Report of the Indian Hemp Drugs Commission, 1894-1895 - Volume V
Year: 1894
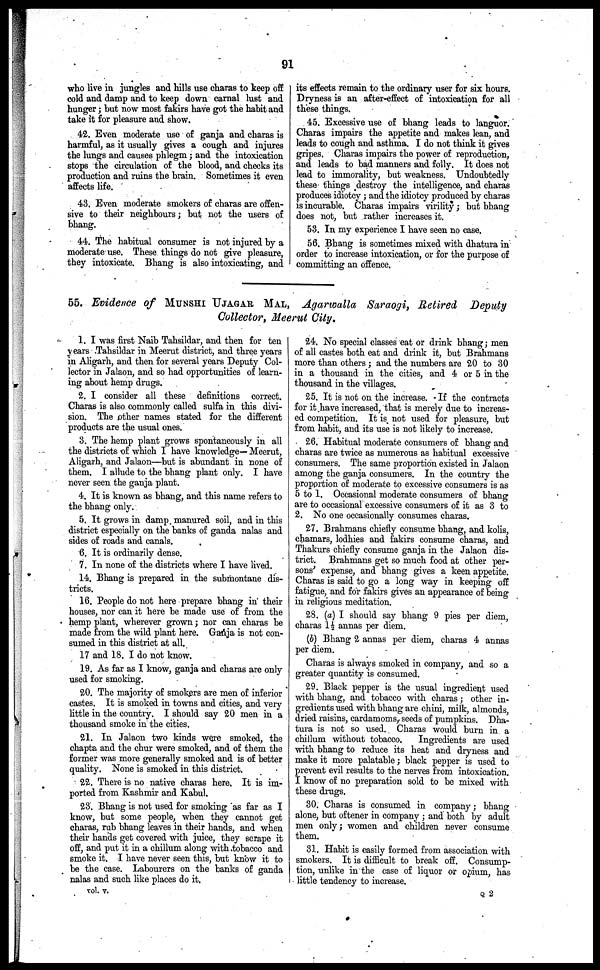
91
who live in jungles and hills use chants to keep off
cold and damp and to keep down carnal lust and
hunger; but now most fakirs have got the habit and
take it for pleasure and show.
42. Even moderate use of ganja and charas is
harmful, as it usually gives a cough and injures
the lungs and causes phlegm ; and the intoxication
stops the circulation of the blood, and checks its
production and ruins the brain. Sometimes it even
affects life.
43. Even moderate smokers of charas are offen-
sive to their neighbours; but not the users of
bhang.
44. The habitual consumer is not injured by a
moderate use. These things do not give pleasure,
they intoxicate. Bhang is also intoxicating, and
its effects remain to the ordinary user for six hours.
Dryness is an after-effect of intoxication for all
these things.
45. Excessive use of bhang leads to languor.
Charas impairs the appetite and makes lean, and
leads to cough and asthma. I do not think it gives
gripes. Charas impairs the power of reproduction,
and leads to bad manners and folly. It does not
lead to immorality, but weakness. Undoubtedly
these things destroy the intelligence, and charas
produces idiotcy ; and the idiotcy produced by charas
is incurable. Charas impairs virility ; but bhang
does not, but rather increases it.
53. In my experience I have seen no case.
56. Bhang is sometimes mixed with dhatura in
order to increase intoxication, or for the purpose of
committing an offence.
55. Evidence of MUNSHI UJAGAR MAL, Agarwalla Saraogi, Retired Deputy
Collector, Meerut City.
1. I was first Naib Tahsildar, and then for ten
years Tahsildar in Meerut district, and three years
in Aligarh, and then for several years Deputy Col-
lector in Jalaon, and so had opportunities of learn-
ing about hemp drugs.
2. I consider all these definitions correct.
Charas is also commonly called sulfa in this divi-
sion. The other names stated for the different
products are the usual ones.
3. The hemp plant grows spontaneously in all
the districts of which I have knowledge— Meerut,
Aligarh, and Jalaon—but is abundant in none of
them. I allude to the bhang plant only. I have
never seen the ganja plant.
4. It is known as bhang, and this name refers to
the bhang only.
5. It grows in damp manured soil, and in this
district especially on the banks of ganda nalas and
sides of roads and canals.
6. It is ordinarily dense.
7. In none of the districts where I have lived.
14. Bhang is prepared in the submontane dis-
tricts.
16. People do not here prepare bhang in their
houses, nor can it here be made use of from the
hemp plant, wherever grown; nor can charas be
made from the wild plant here. Ganja is not con-
sumed in this district at all.
17 and 18. I do not know.
19. As far as I know, ganja and charas are only
used for smoking.
20. The majority of smokers are men of inferior
castes. It is smoked in towns and cities, and very
little in the country. I should say 20 men in a
thousand smoke in the cities.
21. In Jalaon two kinds were smoked, the
chapta and the chur were smoked, and of them the
former was more generally smoked and is of better
quality. None is smoked in this district.
22. There is no native charas here. It is im-
ported from Kashmir and Kabul.
23. Bhang is not used for smoking as far as I
know, but some people, when they cannot get
charas, rub bhang leaves in their hands, and when
their hands get covered with juice, they scrape it
off, and put it in a chillum along with tobacco and
smoke it. I have never seen this, but know it to
be the case. Labourers on the banks of ganda
nalas and such like places do it.
24. No special classes eat or drink bhang; men
of all castes both eat and drink it, but Brahmans
more than others ; and the numbers are 20 to 30
in a thousand in the cities, and 4 or 5 in the
thousand in the villages.
25. It is not on the increase. If the contracts
for it have increased, that is merely due to increas-
ed competition. It is not used for pleasure, but
from habit, and its use is not likely to increase.
26. Habitual moderate consumers of bhang and
charas are twice as numerous as habitual excessive
consumers. The same proportion existed in Jalaon
among the ganja consumers. In the country the
proportion of moderate to excessive consumers is as
5 to 1. Occasional moderate consumers of bhang
are to occasional excessive consumers of it as 3 to
2. No one occasionally consumes charas.
27. Brahmans chiefly consume bhang, and kolis,
chamars, lodhies and fakirs consume charas, and
Thakurs chiefly consume ganja in the Jalaon dis-
trict. Brahmans get so much food at other per-
sons' expense, and bhang gives a keen appetite.
Charas is said to go a long way in keeping off
fatigue, and for fakirs gives an appearance of being
in religious meditation.
28. (a) I should say bhang 9 pies per diem,
charas 1½ annas per diem.
(b) Bhang 2 annas per diem, charas 4 annas
per diem.
Charas is always smoked in company, and so a
greater quantity is consumed.
29. Black pepper is the usual ingredient used
with bhang, and tobacco with charas ; other in-
gredients used with bhang are chini, milk, almonds,
dried raisins, cardamoms, seeds of pumpkins. Dha-
tura is not so used. Charas would burn in a
chillum without tobacco.
Ingredients are used
with bhang to reduce its heat and dryness and
make it more palatable; black pepper is used to
prevent evil results to the nerves from intoxication.
I know of no preparation sold to be mixed with
these drugs.
30. Charas is consumed in company; bhang
alone, but oftener in company ; and both by adult
men only; women and children never consume
them.
31. Habit is easily formed from association with
smokers. It is difficult to break off. Consump-
tion, unlike in the case of liquor or opium, has
little tendency to increase.
vol. v.
Q 2